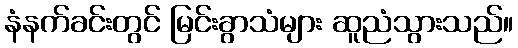
နံနက်ခင်းတွင် မြင်းခွာသံများ ဆူညံသွားသည်။